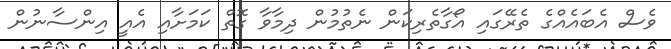
ވެސް އެބައެއްގެ ތެރޭގައި އޯގާތެރިކަން ނެތުމުން ދިމާވާ ގޮތް ކަމަށާއި އެއީ އިންސާނުން